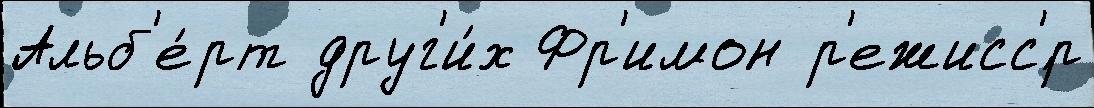
Альб'е́рт друг'и́х Фр'имон р'ежисс'́р